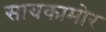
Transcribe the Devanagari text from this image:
सायकामोर